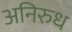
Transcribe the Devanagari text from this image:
अनिरुध